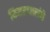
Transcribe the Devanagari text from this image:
विचारधारांचे